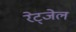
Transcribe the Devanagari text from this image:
रेट्जेल